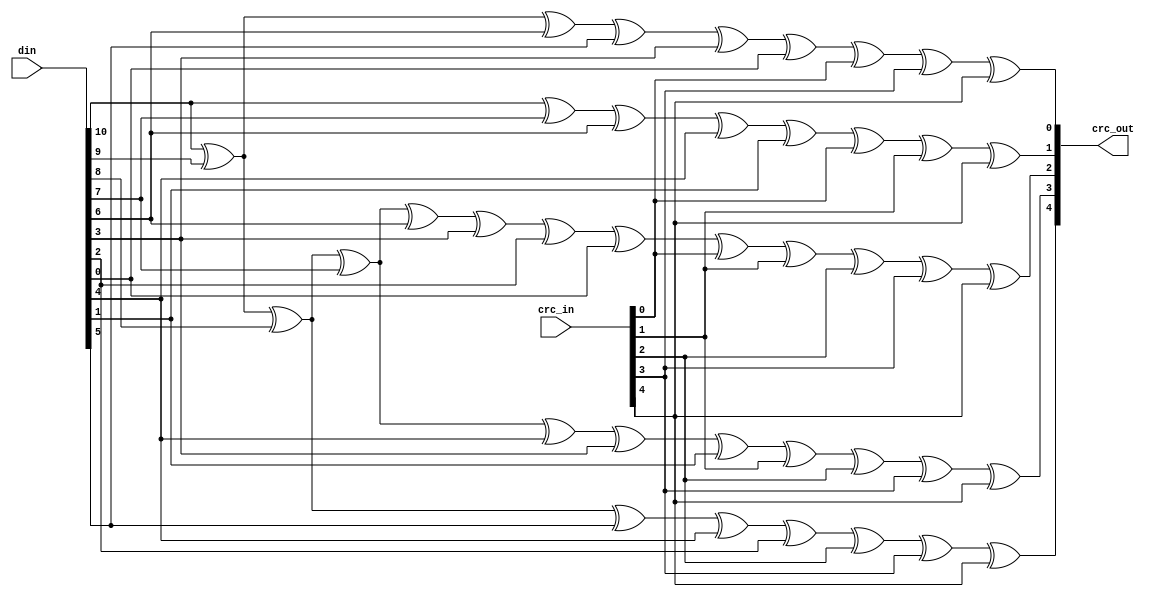
module usb1_crc5(crc_in, din, crc_out);
	input   [4:0]   crc_in;
	input   [10:0]  din;
	output  [4:0]   crc_out;

	assign crc_out[0] = din[10] ^ din[9] ^ din[6] ^ din[5] ^ din[3] ^
		din[0] ^ crc_in[0] ^ crc_in[3] ^ crc_in[4];

	assign crc_out[1] = din[10] ^ din[7] ^ din[6] ^ din[4] ^ din[1] ^
		crc_in[0] ^ crc_in[1] ^ crc_in[4];

	assign crc_out[2] = din[10] ^ din[9] ^ din[8] ^ din[7] ^ din[6] ^
		din[3] ^ din[2] ^ din[0] ^ crc_in[0] ^ crc_in[1] ^
		crc_in[2] ^ crc_in[3] ^ crc_in[4];

	assign crc_out[3] = din[10] ^ din[9] ^ din[8] ^ din[7] ^ din[4] ^ din[3] ^
		din[1] ^ crc_in[1] ^ crc_in[2] ^ crc_in[3] ^ crc_in[4];

	assign crc_out[4] = din[10] ^ din[9] ^ din[8] ^ din[5] ^ din[4] ^ din[2] ^
		crc_in[2] ^ crc_in[3] ^ crc_in[4];

endmodule